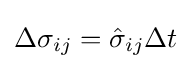
\Delta \sigma _{ij}={\hat {\sigma }}_{ij}\Delta t